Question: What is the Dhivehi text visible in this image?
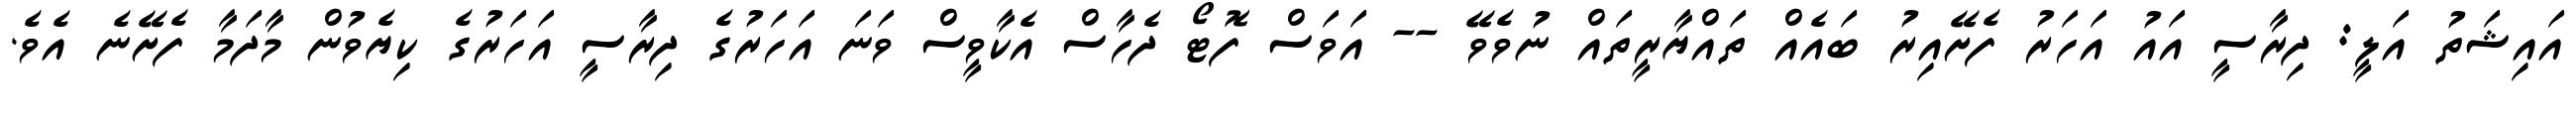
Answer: އައިޝަތު އަލީ: ދިރާސީ އައު އަހަރު ފެށޭއިރު ބައެއް ތައްޔާރީތައް ނުވެވޭ -- އަވަސް ފޮޓޯ ދެހާސް އެކާވީސް ވަނަ އަހަރުގެ ދިރާސީ އަހަރުގެ ކިޔެވުން މާދަމާ ފެށޭނެ އެވެ.